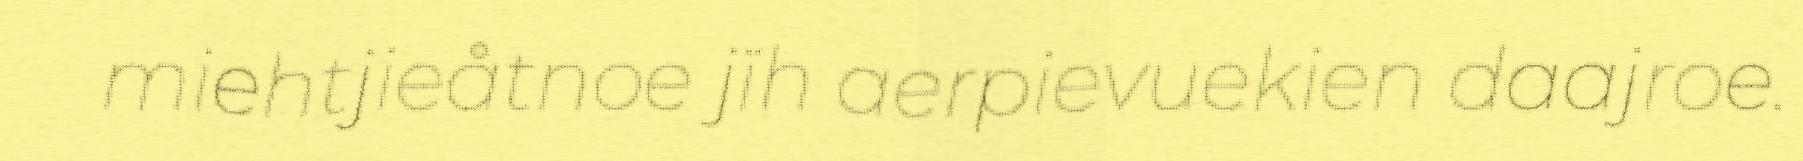
miehtjieåtnoe jïh aerpievuekien daajroe.